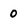
Character: 0